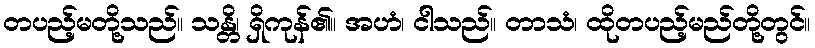
တပည့်မတို့သည်။ သန္တိ၊ ရှိကုန်၏။ အဟံ၊ ငါသည်။ တာသံ၊ ထိုတပည့်မည်တို့တွင်။